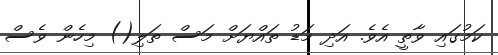
ކަމުގައި ވާތީ އެވެ. އަދި މަޑު ތައްޔަށް މަސް ތަލި() މިހެން ވެސް